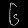
Digit: ၆